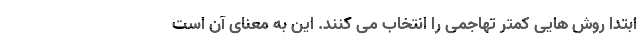
ابتدا روش هایی کمتر تهاجمی را انتخاب می کنند. این به معنای آن است